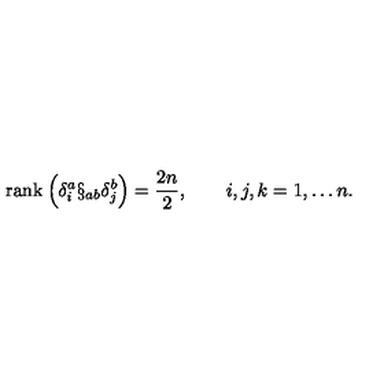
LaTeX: \mathrm { r a n k } \: \Bigl ( \delta _ { i } ^ { a } \S _ { a b } \delta _ { j } ^ { b } \Bigr ) = \frac { 2 n } { 2 } , \qquad i , j , k = 1 , \ldots n .